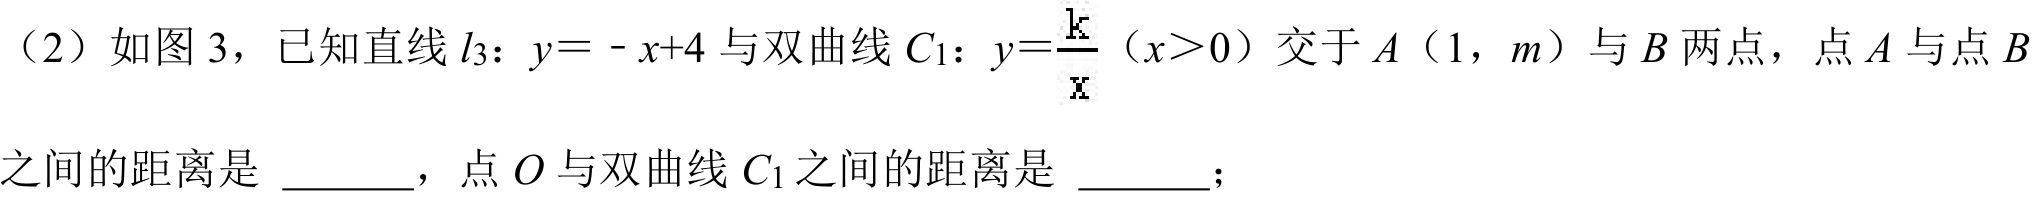
（2）如图 3，已知直线\(l_{3}\)：\(y = -x + 4\)与双曲线\(C_{1}\)：\(y=\frac{k}{x}（x>0）\)交于\(A（1，m）\)与\(B\)两点，点\(A\)与点\(B\)
之间的距离是 \_\_\_\_ ，点\(O\)与双曲线\(C_{1}\)之间的距离是 \_\_\_\_ ；